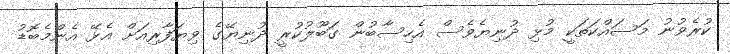
ކުރެވުނު މަސައްކަތަކީ މުޅި ދުނިޔެވެސް އެހިސާބުން ގަބޫލުކުރީ ދުނިޔޭގެ ވިޔަފާރިއަށް އެޅޭ އެންމެބޮޑު